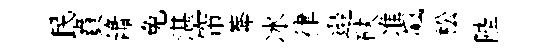
民賁簫兔湛帘莾冰律邉砆准飆松陛